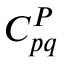
C _ { p q } ^ { P }